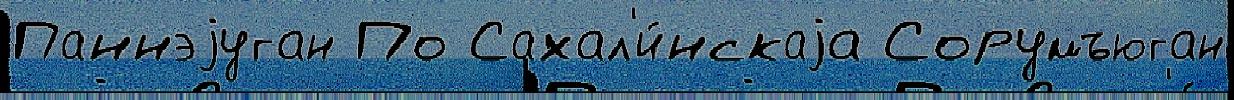
Паннэjуган По Сахал'и́нскаjа Сорумъюган